Scientific memoirs by medical officers of the Army of India - Part I,
Year: 1884
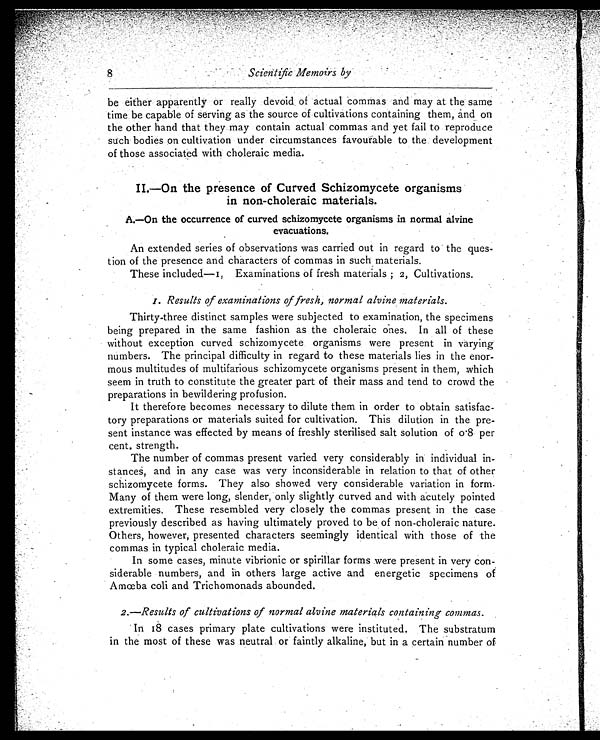
8
Scientific Memoirs by
be either apparently or really devoid of actual commas and may at the same
time be capable of serving as the source of cultivations containing them, and on
the other hand that they may contain actual commas and yet fail to reproduce
such bodies on cultivation under circumstances favourable to the development
of those associated with choleraic media.
II—On the presence of Curved Schizomycete organisms
in non-choleraic materials.
A.—On the occurrence of curved schizomycete organisms in normal alvine
evacuations.
An extended series of observations was carried out in regard to the ques-
tion of the presence and characters of commas in such materials.
These included—I, Examinations of fresh materials ; 2, Cultivations.
I. Results of examinations of fresh, normal alvine materials.
Thirty-three distinct samples were subjected to examination, the specimens
being prepared in the same fashion as the choleraic Ones. In all of these
without exception curved schizomycete organisms were present in varying
numbers. The principal difficulty in regard to these materials lies in the enor
-mous multitudes of multifarious schizomycete organisms present in them, which
seem in truth to constitute the greater part of their mass and tend to crowd the
preparations in bewildering profusion.
It therefore becomes necessary to dilute them in order to obtain satisfac-
tory preparations or materials suited for cultivation. This dilution in the pre
-sent instance was effected by means of freshly sterilised salt solution of 0.8 per
cent. strength.
The number of commas present varied very considerably in individual in
-stances, and in any case was very inconsiderable in relation to that of other
schizomycete forms. They also showed very considerable variation in form.
Many of them were long, slender, only slightly curved and with acutely pointed
extremities. These resembled very closely the commas present in the case
previously described as having ultimately proved to be of non-choleraic nature.
Others, however, presented characters seemingly identical with those of the
commas in typical choleraic media.
In some cases, minute vibrionic or spirillar forms were present in very con
-siderable numbers, and in others large active and energetic specimens of
Amœba coli and Trichomonads abounded.
2.—Results of cultivations of normal alvine materials containing commas.
In 18 cases primary plate cultivations were instituted. The substratum
in the most of these was neutral or faintly alkaline, but in a certain number of